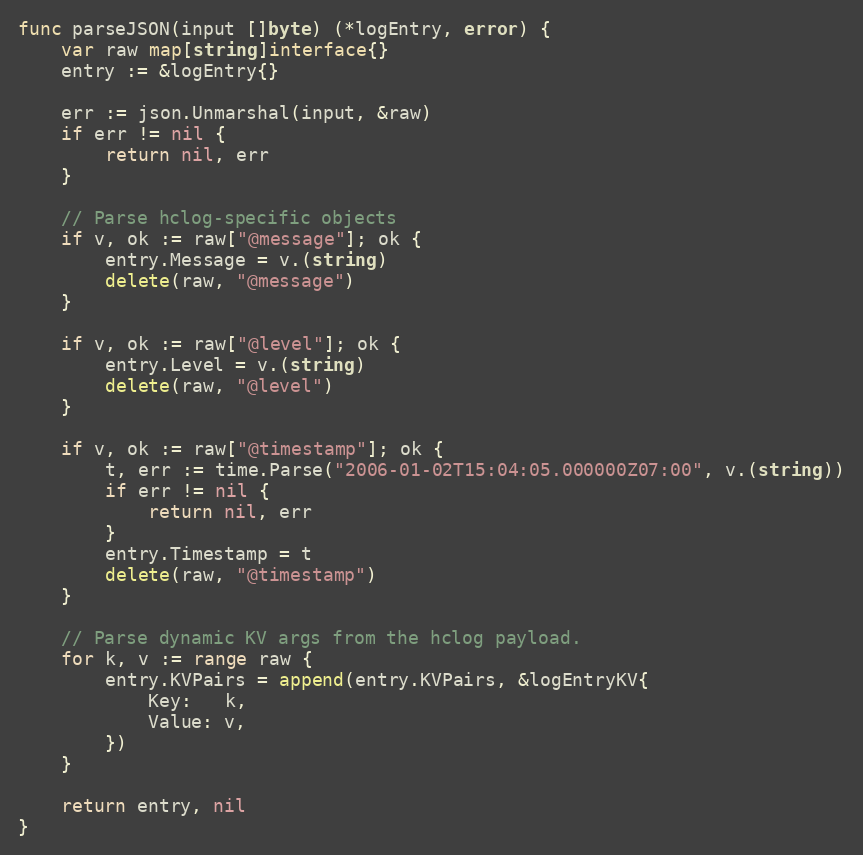
Language: Go
func parseJSON(input []byte) (*logEntry, error) {
	var raw map[string]interface{}
	entry := &logEntry{}

	err := json.Unmarshal(input, &raw)
	if err != nil {
		return nil, err
	}

	// Parse hclog-specific objects
	if v, ok := raw["@message"]; ok {
		entry.Message = v.(string)
		delete(raw, "@message")
	}

	if v, ok := raw["@level"]; ok {
		entry.Level = v.(string)
		delete(raw, "@level")
	}

	if v, ok := raw["@timestamp"]; ok {
		t, err := time.Parse("2006-01-02T15:04:05.000000Z07:00", v.(string))
		if err != nil {
			return nil, err
		}
		entry.Timestamp = t
		delete(raw, "@timestamp")
	}

	// Parse dynamic KV args from the hclog payload.
	for k, v := range raw {
		entry.KVPairs = append(entry.KVPairs, &logEntryKV{
			Key:   k,
			Value: v,
		})
	}

	return entry, nil
}